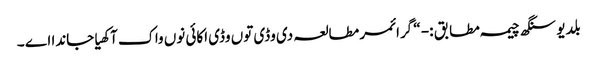
بلدیو سنگھ چیمہ مطابق :- “ گرائمر مطالعہ دی وڈی توں وڈی اکائی نوں واک آکھیا جاندا اے ۔